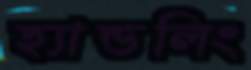
হ্যান্ডলিং